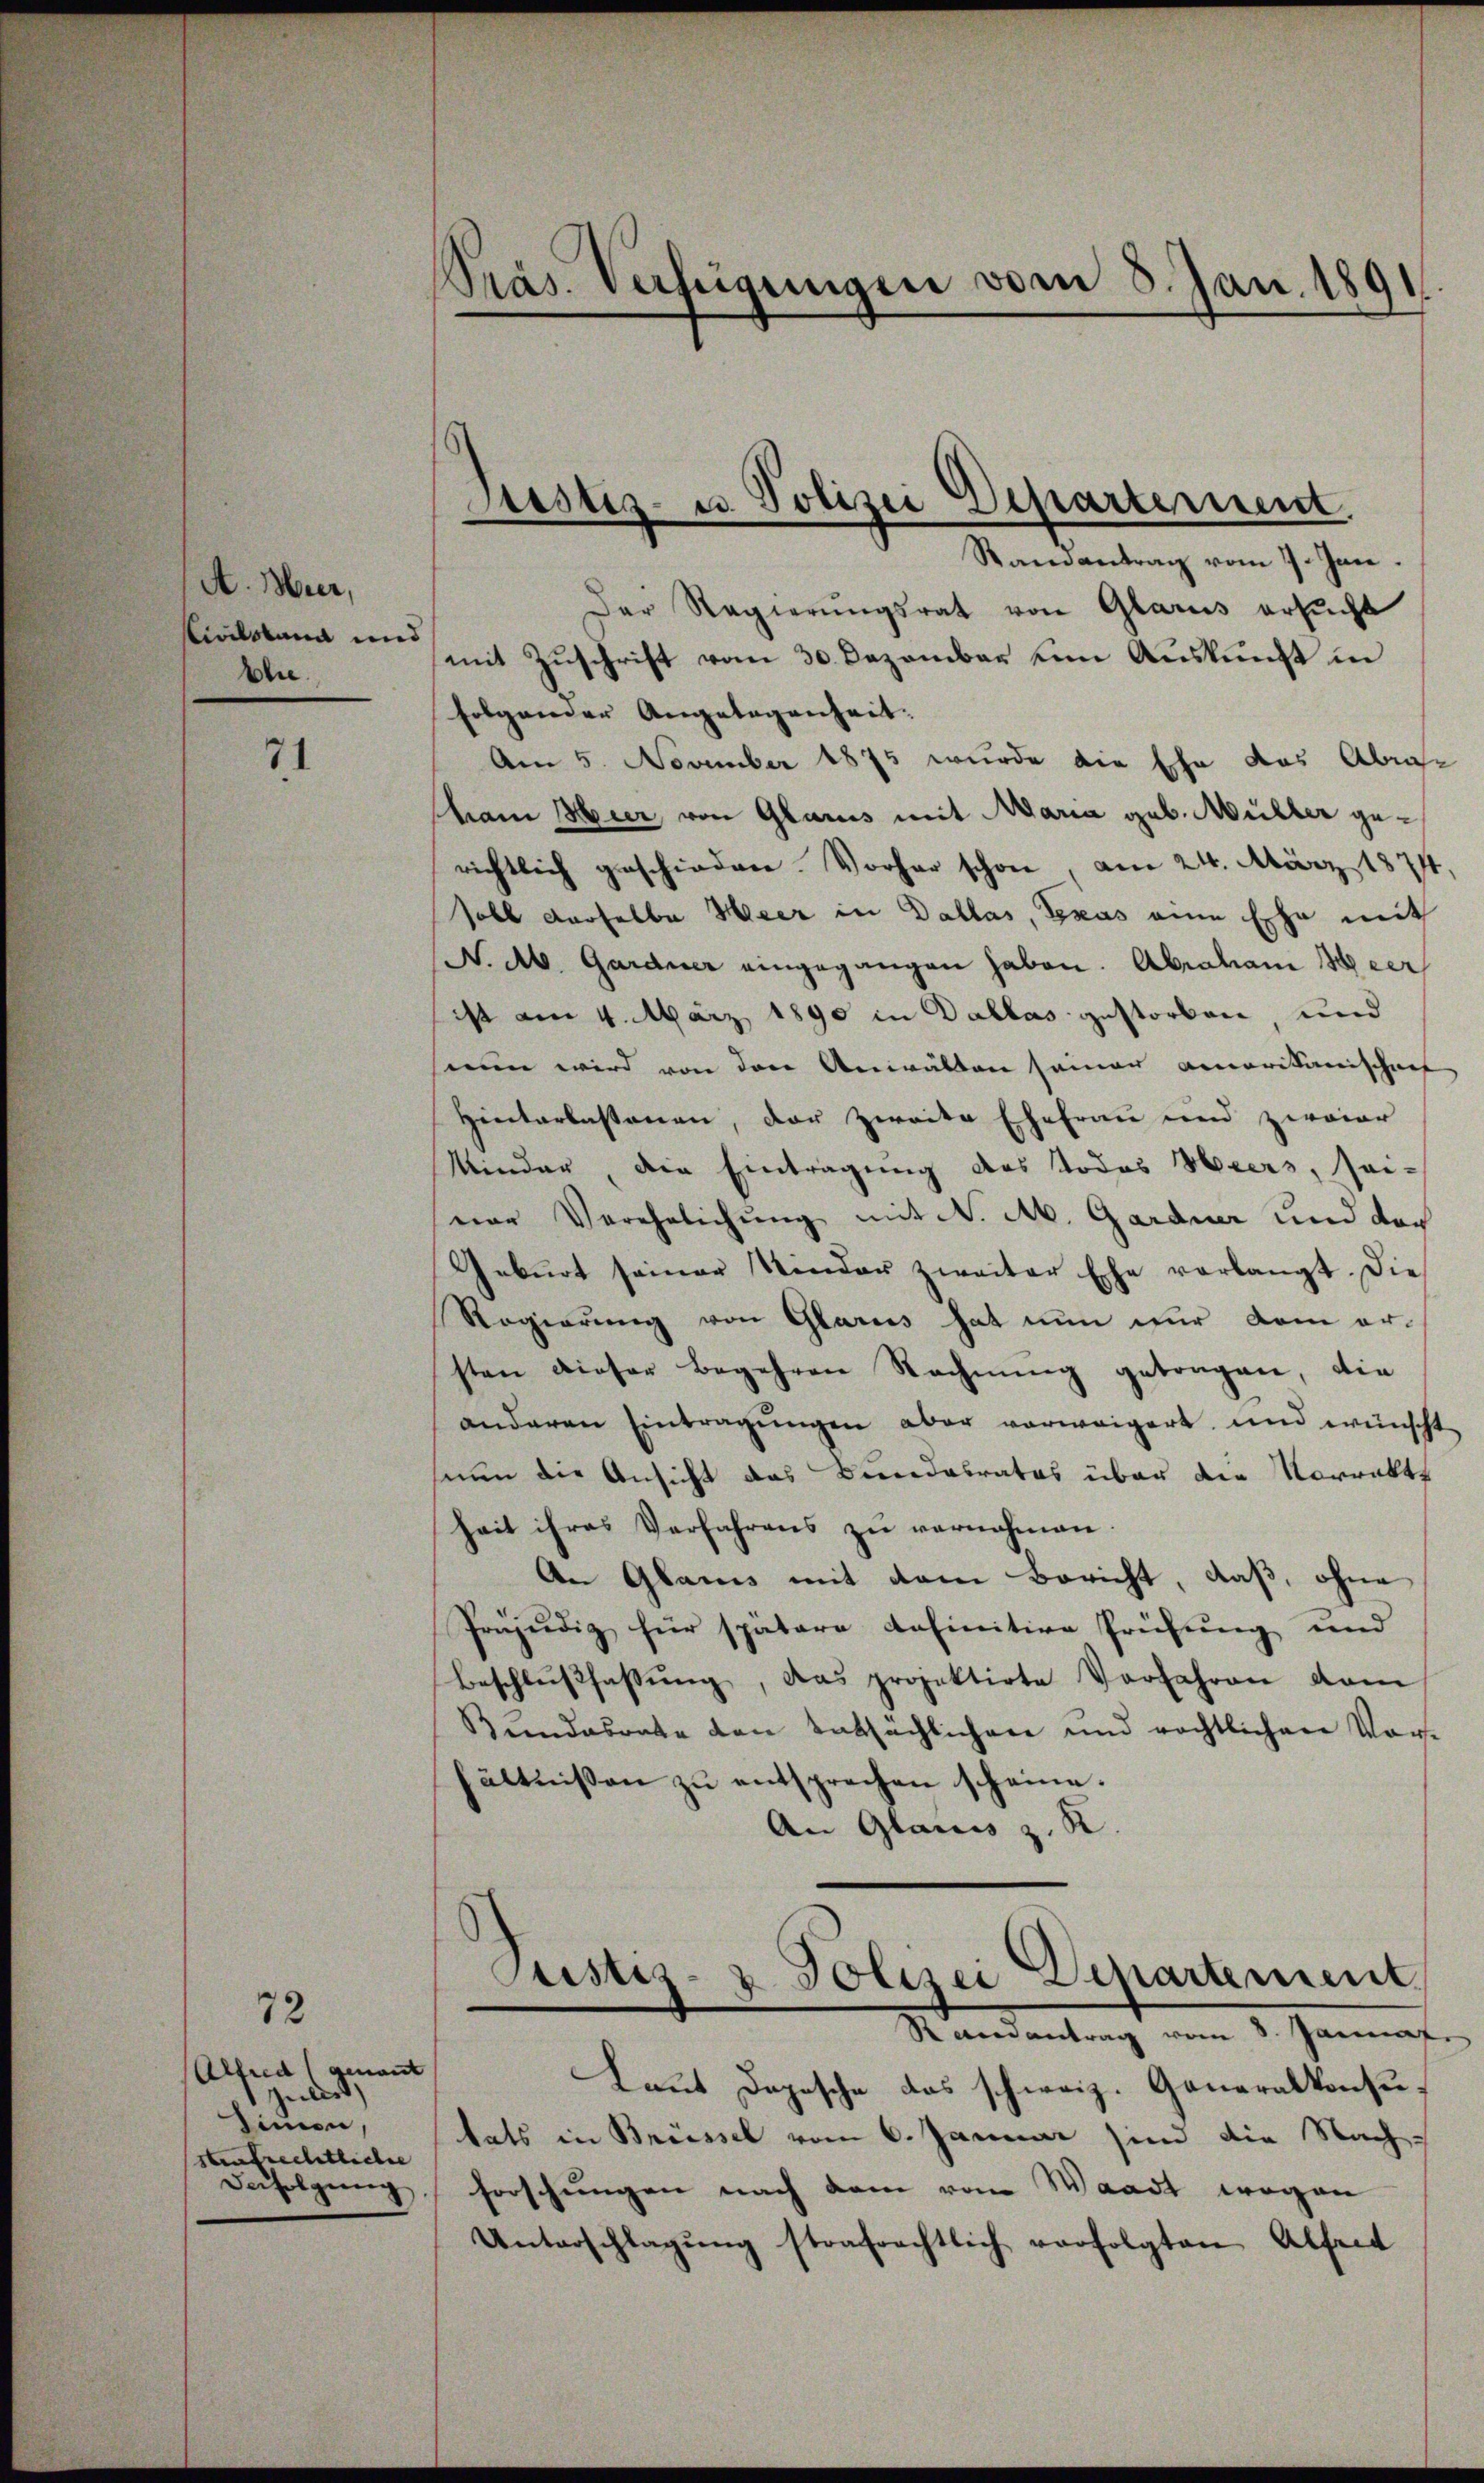
A. Hier,
Civilstand und
blie

71

72
Alfred (genannt
juliss
dinien,
strafrechtliche
Derfolgung

Präs. Verfügungen vom 8. Jan. 1891

Ramantrag vom 7. Jan.
Der Regierungsrat von Glarus ersucht
mit Zuschrift vom 30. Dezember um Auskunft in
folgender Angelegenheit.
Am 5. November 1875 wurde die Ehe das Abraham Hier von Glarus mit Maria geb. Müller gerichtlich geschieden. Vorher schon, am 24. März 1874
soll derselbe Heer in Dallas, Gras eine Ehe mit
N. Ab. Gardner eingegangen haben. Abraham Meer
ist am 4. März 1890 in Dallas gestorben und
nun wird von den Anwälten seiner Amerikanischens
Hinterlassenen, der zweite Ehefrau und zwaiar
Minder, die Eintragung des Todes Heers, sei-
ear Verehelichung mit N. Ab. Gardner und doch
Geburt seiner Kinder zweiter Ehe verlangt. Die
Regierung von Glarus hat nun nur dem ersten dieser begehren Rechnung getragen, die
anderen Eintragŭngen aber verweigert, und wünscht
nun die Ansicht das Bundesrates über die Vorrekt
hait ihres Verfahrens zŭ vernahmen.
An Glarus mit dem Bericht, daß, ohne
Präjudiz für spätere definitive Prüfung und
Beschlŭβfassŭng, das projektirte Vorfahren dam
Beendesrate den tatsächlichen und rechtlichen Vor-
hältnissen zŭ entsprechen scheine.
An Glarus z. R
Justiz- & Polizei Departement
Randantrag vom 8. Januar
Laut Depesche das schweiz. Generalkonsutats in Brüssel vom 6. Januar sind die Nach-
Forschungen nach dem vom Waadt wegen
Unterschlagŭng strafrechtlich verfolgten Abfert

Piustiz- u. Polizei Departement.